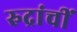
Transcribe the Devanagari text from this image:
रुद्रांचीं